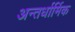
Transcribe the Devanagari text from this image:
अन्तर्धार्मिक